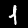
Label: 1